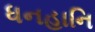
ધનહાનિ